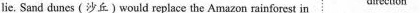
lie. Sand dunes (沙丘)would replace the Amazon rainforest in direction